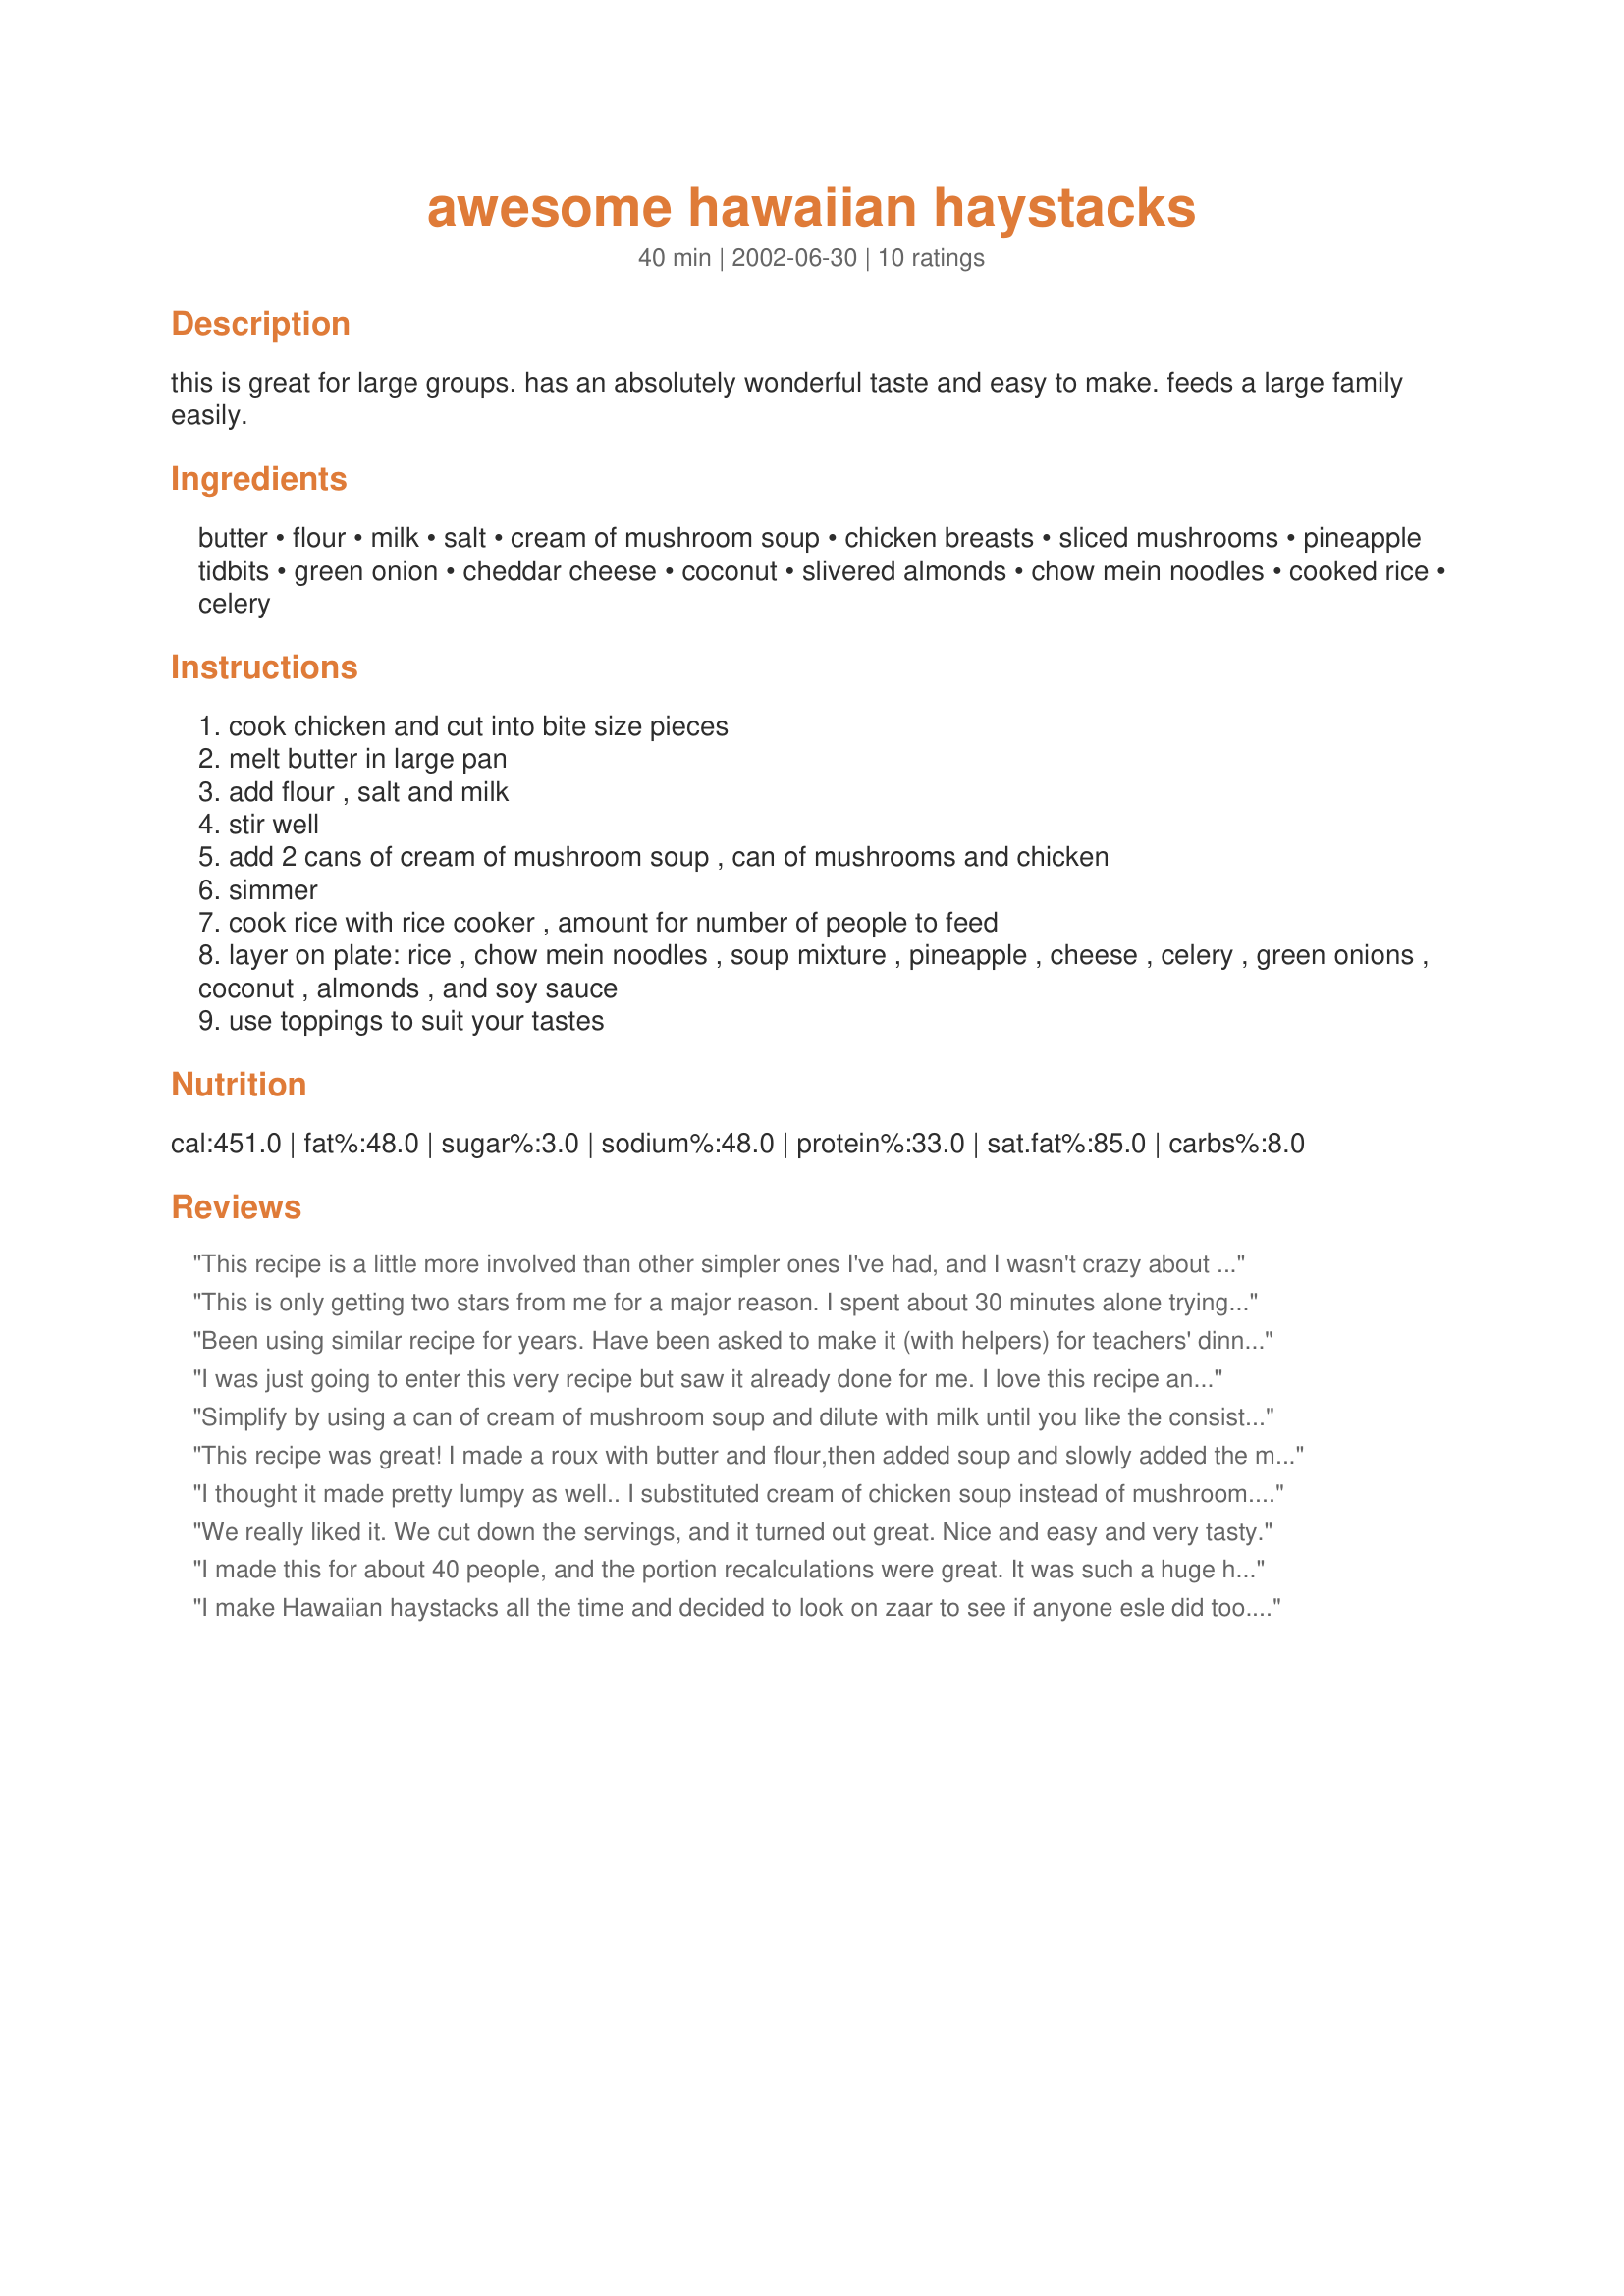
awesome hawaiian haystacks
Preparation time: 40 minutes

this is great for large groups. has an absolutely wonderful taste and easy to make. feeds a large family easily.

Ingredients:
butter, flour, milk, salt, cream of mushroom soup, chicken breasts, sliced mushrooms, pineapple tidbits, green onion, cheddar cheese, coconut, slivered almonds, chow mein noodles, cooked rice, celery

Steps:
cook chicken and cut into bite size pieces
melt butter in large pan
add flour , salt and milk
stir well
add 2 cans of cream of mushroom soup , can of mushrooms and chicken
simmer
cook rice with rice cooker , amount for number of people to feed
layer on plate: rice , chow mein noodles , soup mixture , pineapple , cheese , celery , green onions , coconut , almonds , and soy sauce
use toppings to suit your tastes

Reviews:
This recipe is a little more involved than other simpler ones I've had, and I wasn't crazy about the flour/milk add-ins. However, this made a LOT which was great for leftovers.
This is only getting two stars from me for a major reason. I spent about 30 minutes alone trying to get out all of the lumps in the roux made from the butter, flour, milk and salt. I needed to use more milk than asked for, and my hubby and I worked out our arms trying hard to get it smooth. It didnt happen, and honestly I was pretty upset by this as it used alot of butter and milk. It had a great taste, but will not make this again. Sorry for the poor review.
Been using similar recipe for years. Have been asked to make it (with helpers) for teachers' dinner on parent teacher night. I add a sprinkle of garlic powder while mixing in milk (or water) and often use a 12.5 oz. can of chicken (from Costco) and use its juice as part of the bouillon. So quick when I'm tired and we need nutritious dinner. Picky eaters love the sauce over rice and can add their choice of pineapple, raisins, chopped tomato, chopped red or orange bell pepper, coconut, grated cheddar, chow mien noodles, or just eat it the boring. This is a wonderful meal for a sick person who needs soft, gentle, nutritious food :D
I was just going to enter this very recipe but saw it already done for me. I love this recipe and so does EVERYONE I serve it to! It really is great for groups... set it up like a taco bar and everyone is happy with what's on their plate. It's very filling, sometimes we even omit the chicken and make it a vegetarian-type meal. I also use chopped tomatoes and diced bell pepper. I've never tried the mushrooms, almonds, or cheese, but will in the future. Also, you can use a can of chicken gravy or a mix, that's what we do. Love this recipe!
Simplify by using a can of cream of mushroom soup and dilute with milk until you like the consistency for a gravy. Add chicken chunks and warm. Other toppings we like are peas, bacon, hard boiled eggs. Reserve the extras for a salad tomorrow.
This recipe was great! I made a roux with butter and flour,then added soup and slowly added the milk. No lumps! I made it for a party and it was a hit.
I thought it made pretty lumpy as well.. I substituted cream of chicken soup instead of mushroom. Made my gravy more on the thick side. My boyfriend liked it. :) So overall very happy with this. Will make again. but will try and change it up a little bit.
We really liked it. We cut down the servings, and it turned out great. Nice and easy and very tasty.
I made this for about 40 people, and the portion recalculations were great. It was such a huge hit! The only things I altered were that I used cream of chicken soup and omitted the can of mushrooms. This recipe truly is awesome!
I make Hawaiian haystacks all the time and decided to look on zaar to see if anyone esle did too. I saw this recipe and had to try it...I have never used a homemade cream base w/ the canned soup base mixed in. It is very good. Unless I am in a hurry I think I'll stick with this one...thanks!
